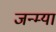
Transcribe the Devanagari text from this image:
जन्म्या